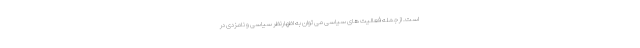
است. از جمله فعالیت های سیاسی می توان به اظهارنظر سیاسی و نامزدی در